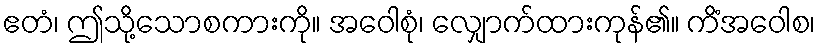
ဧတံ၊ ဤသို့သောစကားကို။ အဝေါစုံ၊ လျှောက်ထားကုန်၏။ ကိံအဝေါစ၊